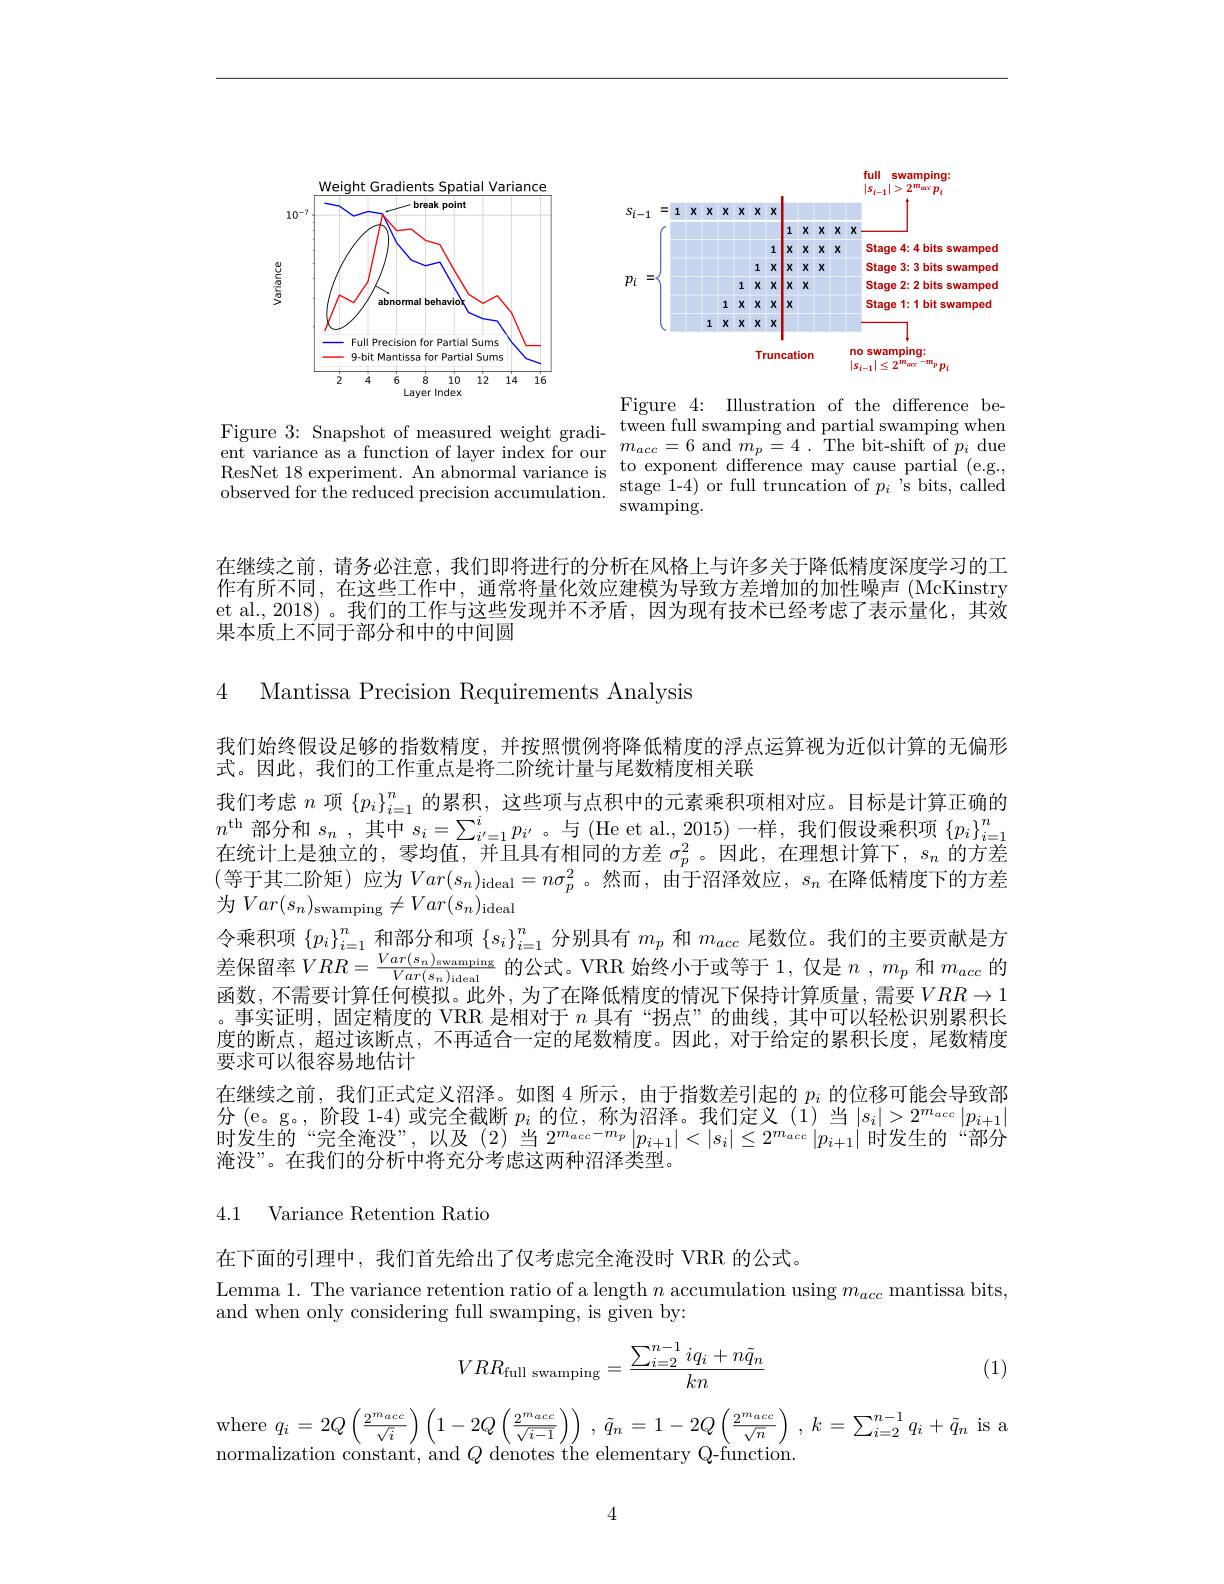
<FigureHere>

<FigureHere>

Illustration
$be-$
Figure 3: Snapshot of measured weight gradi- tween full swamping and ResNet 18 experiment. An abnormal variance is to exponent difference may cause partial (e.g.,
$\operatorname{swamping}.$

在继续之前，请务必注意，我们即将进行的分析在风格上与许多关于降低精度深度学习的工作有所不同，在这些工作中，通常将量化效应建模为导致方差增加的加性噪声 (McKinstry et al., 2018) 。我们的工作与这些发现并不矛盾，因为现有技术已经考虑了表示量化，其效果本质上不同于部分和中的中间圆

4 Mantissa Precision Requirements Analysis

我们始终假设足够的指数精度，并按照惯例将降低精度的浮点运算视为近似计算的无偏形
式。因此，我们的工作重点是将二阶统计量与尾数精度相关联
我 们 考 虑 $n$ 项 $\{ p_{i}\} _{i= 1}^{n}$ 的 累 积 , 这 些 项 与 点 积 中 的 元 素 乘 积 项 相 对 应 。目 标 是 计 算 正 确 的 $n^{\mathrm{th~}}$部 分 和 $s_{n}$ , 其 中 $s_{i}= \sum _{i^{\prime }= 1}^{i}p_{i^{\prime }}$ 。与 ( He et al. 2015) 一 样 , 我 们 假 设 乘 积 项 $\{ p_{i}\} _{i= 1}^{n}$ 在 统 计 上 是 独 立 的 , 零 均 值 , 并 且 具 有 相 同 的 方 差 $\sigma _{\sigma }^{2}$。因 此 , 在 理 想 计 算 下 , $s_{n}$ 的 方 差(等于其二阶矩)应为$Var(s_n)_{\mathrm{ideal}}=n\sigma_p^2$。然而$,\bar\text{由于沼泽效应},s_n$在降低精度下的方差为$Var(s_n)_{\mathrm{swamping}}\neq Var(s_n)_{\mathrm{ideal}}$
令乘积项$\left\{p_i\right\}_{i=1}^n$和部分和项$\left\{s_i\right\}_{i=1}^n$分别具有$m_p$和$m_{acc}$尾数位。我们的主要贡献是方差 保 留 率 $VRR= \frac {Var( s_n) _{\text{swamping}}}{Var( s_n) _{\text{ideal}}}$的 公 式 。VRR 始 终 小 于 或 等 于 1, 仅 是 $n, m_p$ 和 $m_{acc}$ 的 已 数 Te要 再 让 签 任 向 提 出 $\lim _{k\to \text{上 乙 右 败 所 对 中 }}$单 曲 故 特 况 下 加 中 让 签 兵 目 , $x_p$ 和 $m_{acc}$ 的函数，不需要计算任何模拟。此外，为了在降低精度的情况下保持计算质量，需要$VRR\to1$ 。事实证明，固定精度的 VRR 是相对于$n$具有“拐点”的曲线，其中可以轻松识别累积长度的断点，超过该断点，不再适合一定的尾数精度。因此，对于给定的累积长度，尾数精度要求可以很容易地估计
在继续之前，我们正式定义沼泽。如图 4 所示，由于指数差引起的$p_i$的位移可能会导致部$\begin{array}{l}\text{分(e。g。,阶段 1-4) 或完全截断 }p_{i}\text{ 的位，称为沼泽。我们定义(1)当}|s_{i}|>2^{m_{acc}}|p_{i+1}|\\\text{时发生的“完全淹没”,以及(2)当 }2^{m_{acc}-m_{p}}|p_{i+1}|<|s_{i}|\leq2^{m_{acc}}|p_{i+1}|\text{ 时发生的“部分}\\\end{array}$ 淹没”。在我们的分析中将充分考虑这两种沼泽类型。

4.1 Variance Retention Ratio

在下面的引理中，我们首先给出了仅考虑完全淹没时 VRR 的公式。
Lemma 1. The variance retention ratio of a length $n$ accumulation using $m_acc$ mantissa bits,
and when only considering full swamping, is given by:
$$VRR_{\text{full swamping}}=\frac{\sum_{i=2}^{n-1}iq_i+n\tilde{q}_n}{kn}$$
(1)

where $q_{i}= 2Q\left ( \frac {2^{m_{acc}}}{\sqrt {i}}\right ) \left ( 1- 2Q\left ( \frac {2^{m_{acc}}}{\sqrt {i- 1}}\right ) \right )$ , $\tilde{q} _{n}= 1- 2Q\left ( \frac {2^{m_{acc}}}{\sqrt {n}}\right )$ , $k= \sum _{i= 2}^{n- 1}q_{i}+ \tilde{q} _{n}$ is a normalization constant,  and $Q$ denotes the elementary Q- function.

4